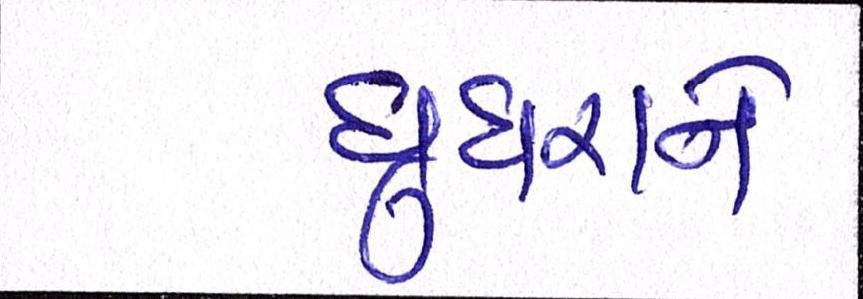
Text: ઘુઘરાને